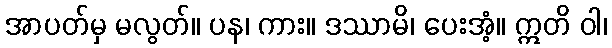
အာပတ်မှ မလွတ်။ ပန၊ ကား။ ဒဿာမိ၊ ပေးအံ့။ ဣတိ ဝါ၊